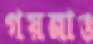
গয়নাও